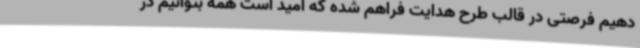
دهیم فرصتی در قالب طرح هدایت فراهم شده که امید است همه بتوانیم در